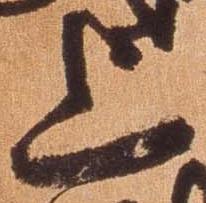
上